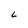
Character: 6